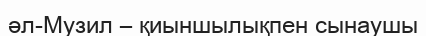
әл-Музил – қиыншылықпен сынаушы